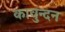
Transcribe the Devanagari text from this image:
कावुन्दन